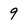
Character: 9